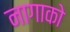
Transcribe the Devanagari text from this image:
नागाको